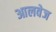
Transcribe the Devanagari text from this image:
आलवेज